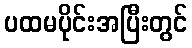
ပထမပိုင်းအပြီးတွင်